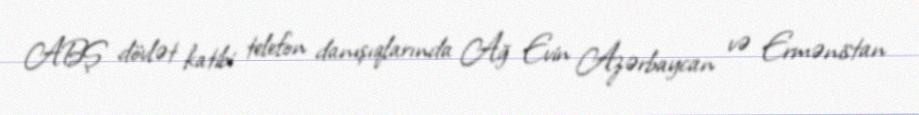
ABŞ dövlət katibi telefon danışıqlarında Ağ Evin Azərbaycan və Ermənistan